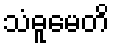
သံဓူမေတိ